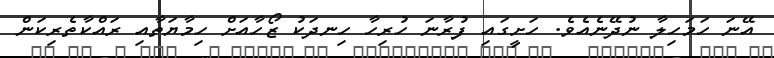
އޭނަ ހަމަހިލާ ނުދޭނެއެވެ. ހަށީގައި ފުރާނަ ހުރިހާ ހިނދަކު ޒޯހާއަށް ހިމާޔަތާއި ރައްކާތެރިކަން